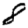
Digit: 8